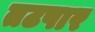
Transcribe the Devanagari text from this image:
तटपार